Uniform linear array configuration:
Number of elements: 8
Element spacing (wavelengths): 0.75
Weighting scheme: blackman
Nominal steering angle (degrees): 45
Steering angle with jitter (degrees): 45.786
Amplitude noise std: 0.05
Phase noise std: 0.05

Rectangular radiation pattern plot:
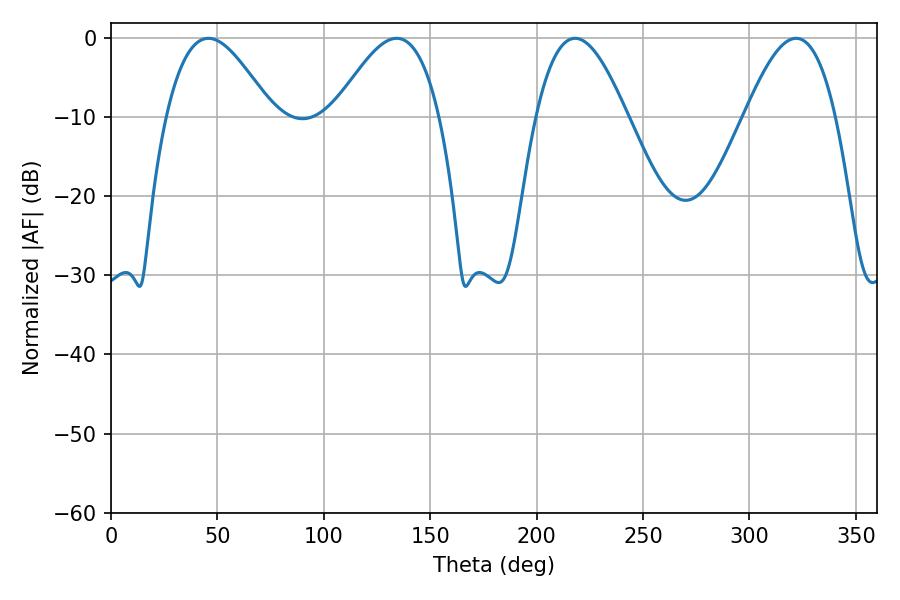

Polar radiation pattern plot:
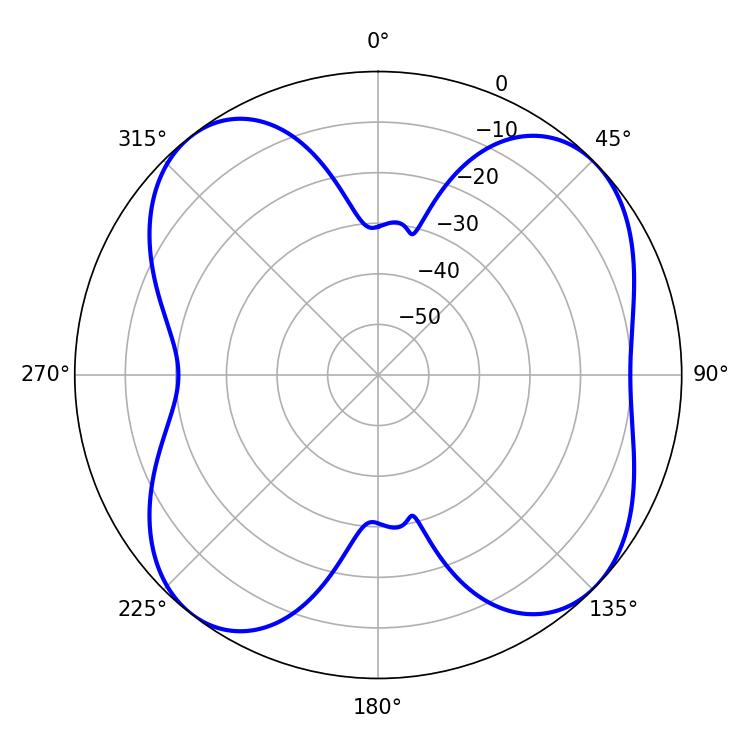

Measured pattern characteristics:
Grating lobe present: TRUE
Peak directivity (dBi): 9.5
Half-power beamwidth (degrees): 26.82
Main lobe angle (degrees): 45.72